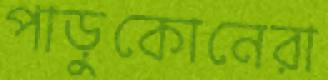
পাড়ুকোনেরা